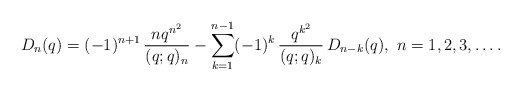
\begin{align*}D_{n}(q)=(-1)^{n+1}\,\frac{nq^{n^{2}}}{(q;q)_{n}}-\sum_{k=1}^{n-1}(-1)^{k}\,\frac{q^{k^{2}}}{(q;q)_{k}}\,D_{n-k}(q),\ n=1,2,3,\ldots.\end{align*}